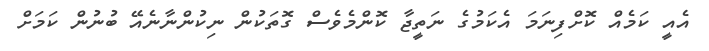
އެއީ ކަމެއް ކޮށްފިނަމަ އެކަމުގެ ނަތީޖާ ކޮންމެވެސް ގޮތަކުން ނިކުންނާނެއޭ ބުނުން ކަމަށް